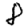
Digit: 8